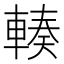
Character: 輳